Indian journal of veterinary science and animal husbandry - Volumes 15-17, 1948-1951
Year: 1948
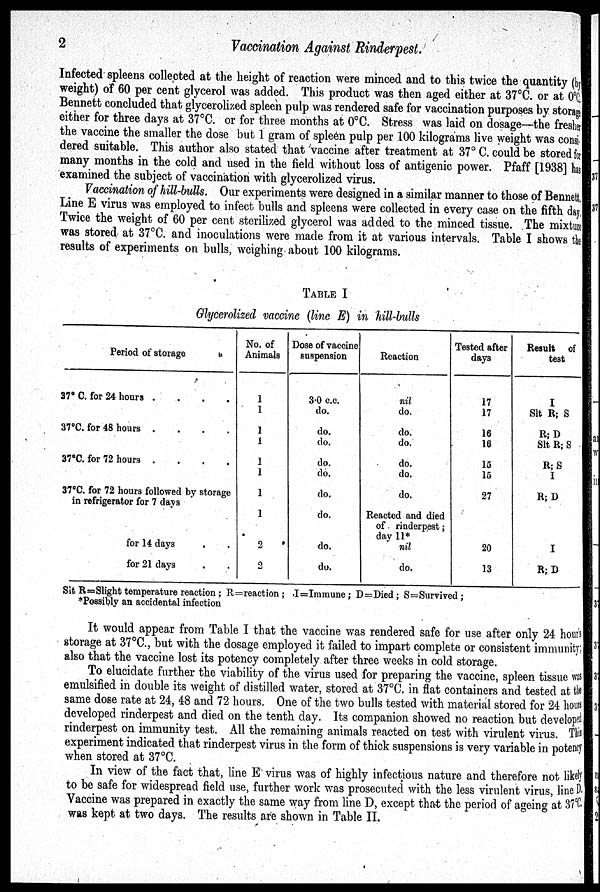
2
Vaccination Against Rinderpest.
Infected spleens collected at the height of reaction were minced and to this twice the quantity (by
weight) of 60 per cent glycerol was added. This product was then aged either at 37°C. or at 0°C.
Bennett concluded that glycerolized spleen pulp was rendered safe for vaccination purposes by storage
either for three days at 37°C. or for three months at 0°C. Stress was laid on dosage—the fresher
the vaccine the smaller the dose but 1 gram of spleen pulp per 100 kilograms live weight was consi-
dered suitable. This author also stated that vaccine after treatment at 37° C. could be stored f or
many months in the cold and used in the field without loss of antigenic power. Pfaff [1938] has
examined the subject of vaccination with glycerolized virus.
Vaccination of hill-bulls. Our experiments were designed in a similar manner to those of Bennett.
Line E virus was employed to infect bulls and spleens were collected in every case on the fifth day,
Twice the weight of 60 per cent sterilized glycerol was added to the minced tissue. The mixture
was stored at 37°C. and inoculations were made from it at various intervals. Table I shows t he
results of experiments on bulls, weighing about 100 kilograms.
TABLE I
Glycerolized vaccine (line E) in hill-bulls
Period of storage
37° C. for 24 hours
.
.
.
.
37°C. for 48 hours
.
.
.
.
37°C. for 72 hours . . . .
37°C. for 72 hours followed by storage
in refrigerator for 7 days
for 14 days . .
for 21 days . .
No. of
Animals
1
1
1
1
1
1
1
1
2
2
Dose of vaccine
suspension
3.0 c.c.
do.
do.
do.
do.
do.
do.
do.
do.
do.
Reaction
nil
do.
do.
do.
do.
do.
do.
Reacted and died
of rinderpest ;
day 11*
nil
do.
Tested after
days
17
17
16
16
15
15
27
20
13
Result of
test
I
Slt R; S
R; D
Slt R; S
R; S
I
R; D
I
R; D
Sit R=Slight temperature reaction ; R= reaction ; I=Immune; D=Died ; S=Survived ;
*Possibly an accidental infection
It would appear from Table I that the vaccine was rendered safe for use after only 24 hour' s
storage at 37°C., but with the dosage employed it failed to impart complete or consistent immunity;
also that the vaccine lost its potency completely after three weeks in cold storage.
To elucidate further the viability of the virus used for preparing the vaccine, spleen tissue was
emulsified in double its weight of distilled water, stored at 37°C. in flat containers and tested at the
same dose rate at 24, 48 and 72 hours. One of the two bulls tested with material stored for 24 hours
developed rinderpest and died on the tenth day. Its companion showed no reaction but developed
rinderpest on immunity test. All the remaining animals reacted on test with virulent virus. Thi s
experiment indicated that rinderpest virus in the form of thick suspensions is very variable in potency
when stored at 37°C.
In view of the fact that, line E virus was of highly infectious nature and therefore not likely
to be safe for widespread field use, further work was prosecuted with the less virulent virus, line D.
Vaccine was prepared in exactly the same way from line D, except that the period of ageing at 37°C.
was kept at two days. The results are shown in Table II.